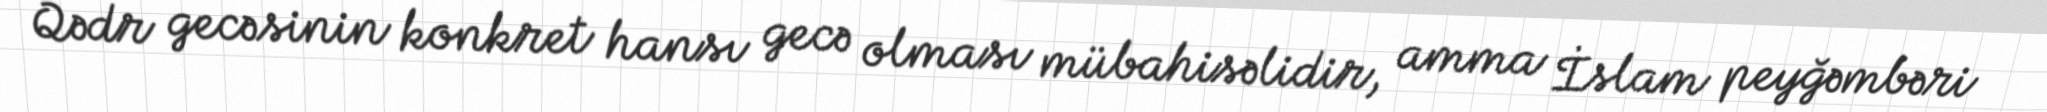
Qədr gecəsinin konkret hansı gecə olması mübahisəlidir, amma İslam peyğəmbəri